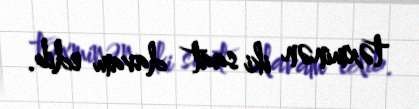
təxminən iki saat davam edib.